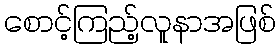
စောင့်ကြည့်လူနာအဖြစ်